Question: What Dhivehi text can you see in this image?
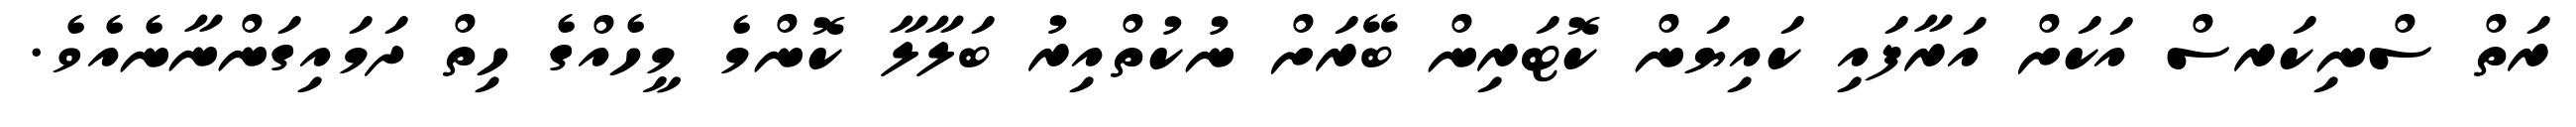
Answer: ރަތް ސްނިކަރސް އަކަށް އަރާފައި ކައިޔަން ކޮޓަރިން ބޭރަށް ނުކުތްއިރު ބަލާލާ ކޮންމެ މީހެއްގެ ހިތް ދަމައިގަންނާނެއެވެ.